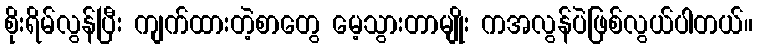
စိုးရိမ်လွန်ပြီး ကျက်ထားတဲ့စာတွေ မေ့သွားတာမျိုး ကအလွန်ပဲဖြစ်လွယ်ပါတယ်။